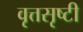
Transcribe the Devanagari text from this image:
वृत्तसृष्टी